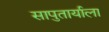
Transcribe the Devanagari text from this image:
सापुतार्याला